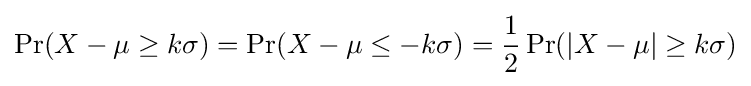
\Pr(X-\mu \geq k\sigma )=\Pr(X-\mu \leq -k\sigma )={\frac {1}{2}}\Pr(|X-\mu |\geq k\sigma )